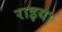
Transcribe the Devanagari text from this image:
राइया